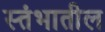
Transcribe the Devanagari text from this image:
स्तंभातील